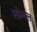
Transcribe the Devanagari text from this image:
स्क्रेबल